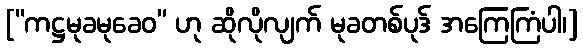
[“ကဋ္ဌမုခမုခေဝ” ဟု ဆိုလိုလျက် မုခတစ်ပုဒ် အကြေကြံပါ၊]